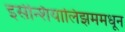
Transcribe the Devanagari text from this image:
इसेन्शियालिझममधून